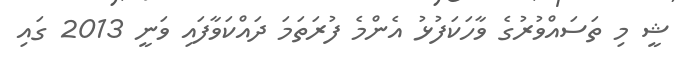
ޝީ މި ތަސައްވުރުގެ ވާހަކަފުޅު އެންމެ ފުރަތަމަ ދައްކަވާފައި ވަނީ 2013 ގައި